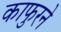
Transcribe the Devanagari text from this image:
काफुरने